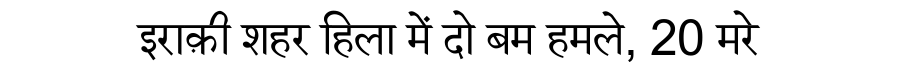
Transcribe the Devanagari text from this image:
इराक़ी शहर हिला में दो बम हमले, 20 मरे